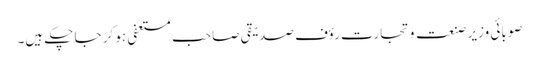
صوبائی وزیر صنعت و تجارت رؤف صدیقی صاحب مستعفی ہو کر جا چکے ہیں۔